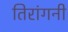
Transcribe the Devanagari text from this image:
तिरांगनी